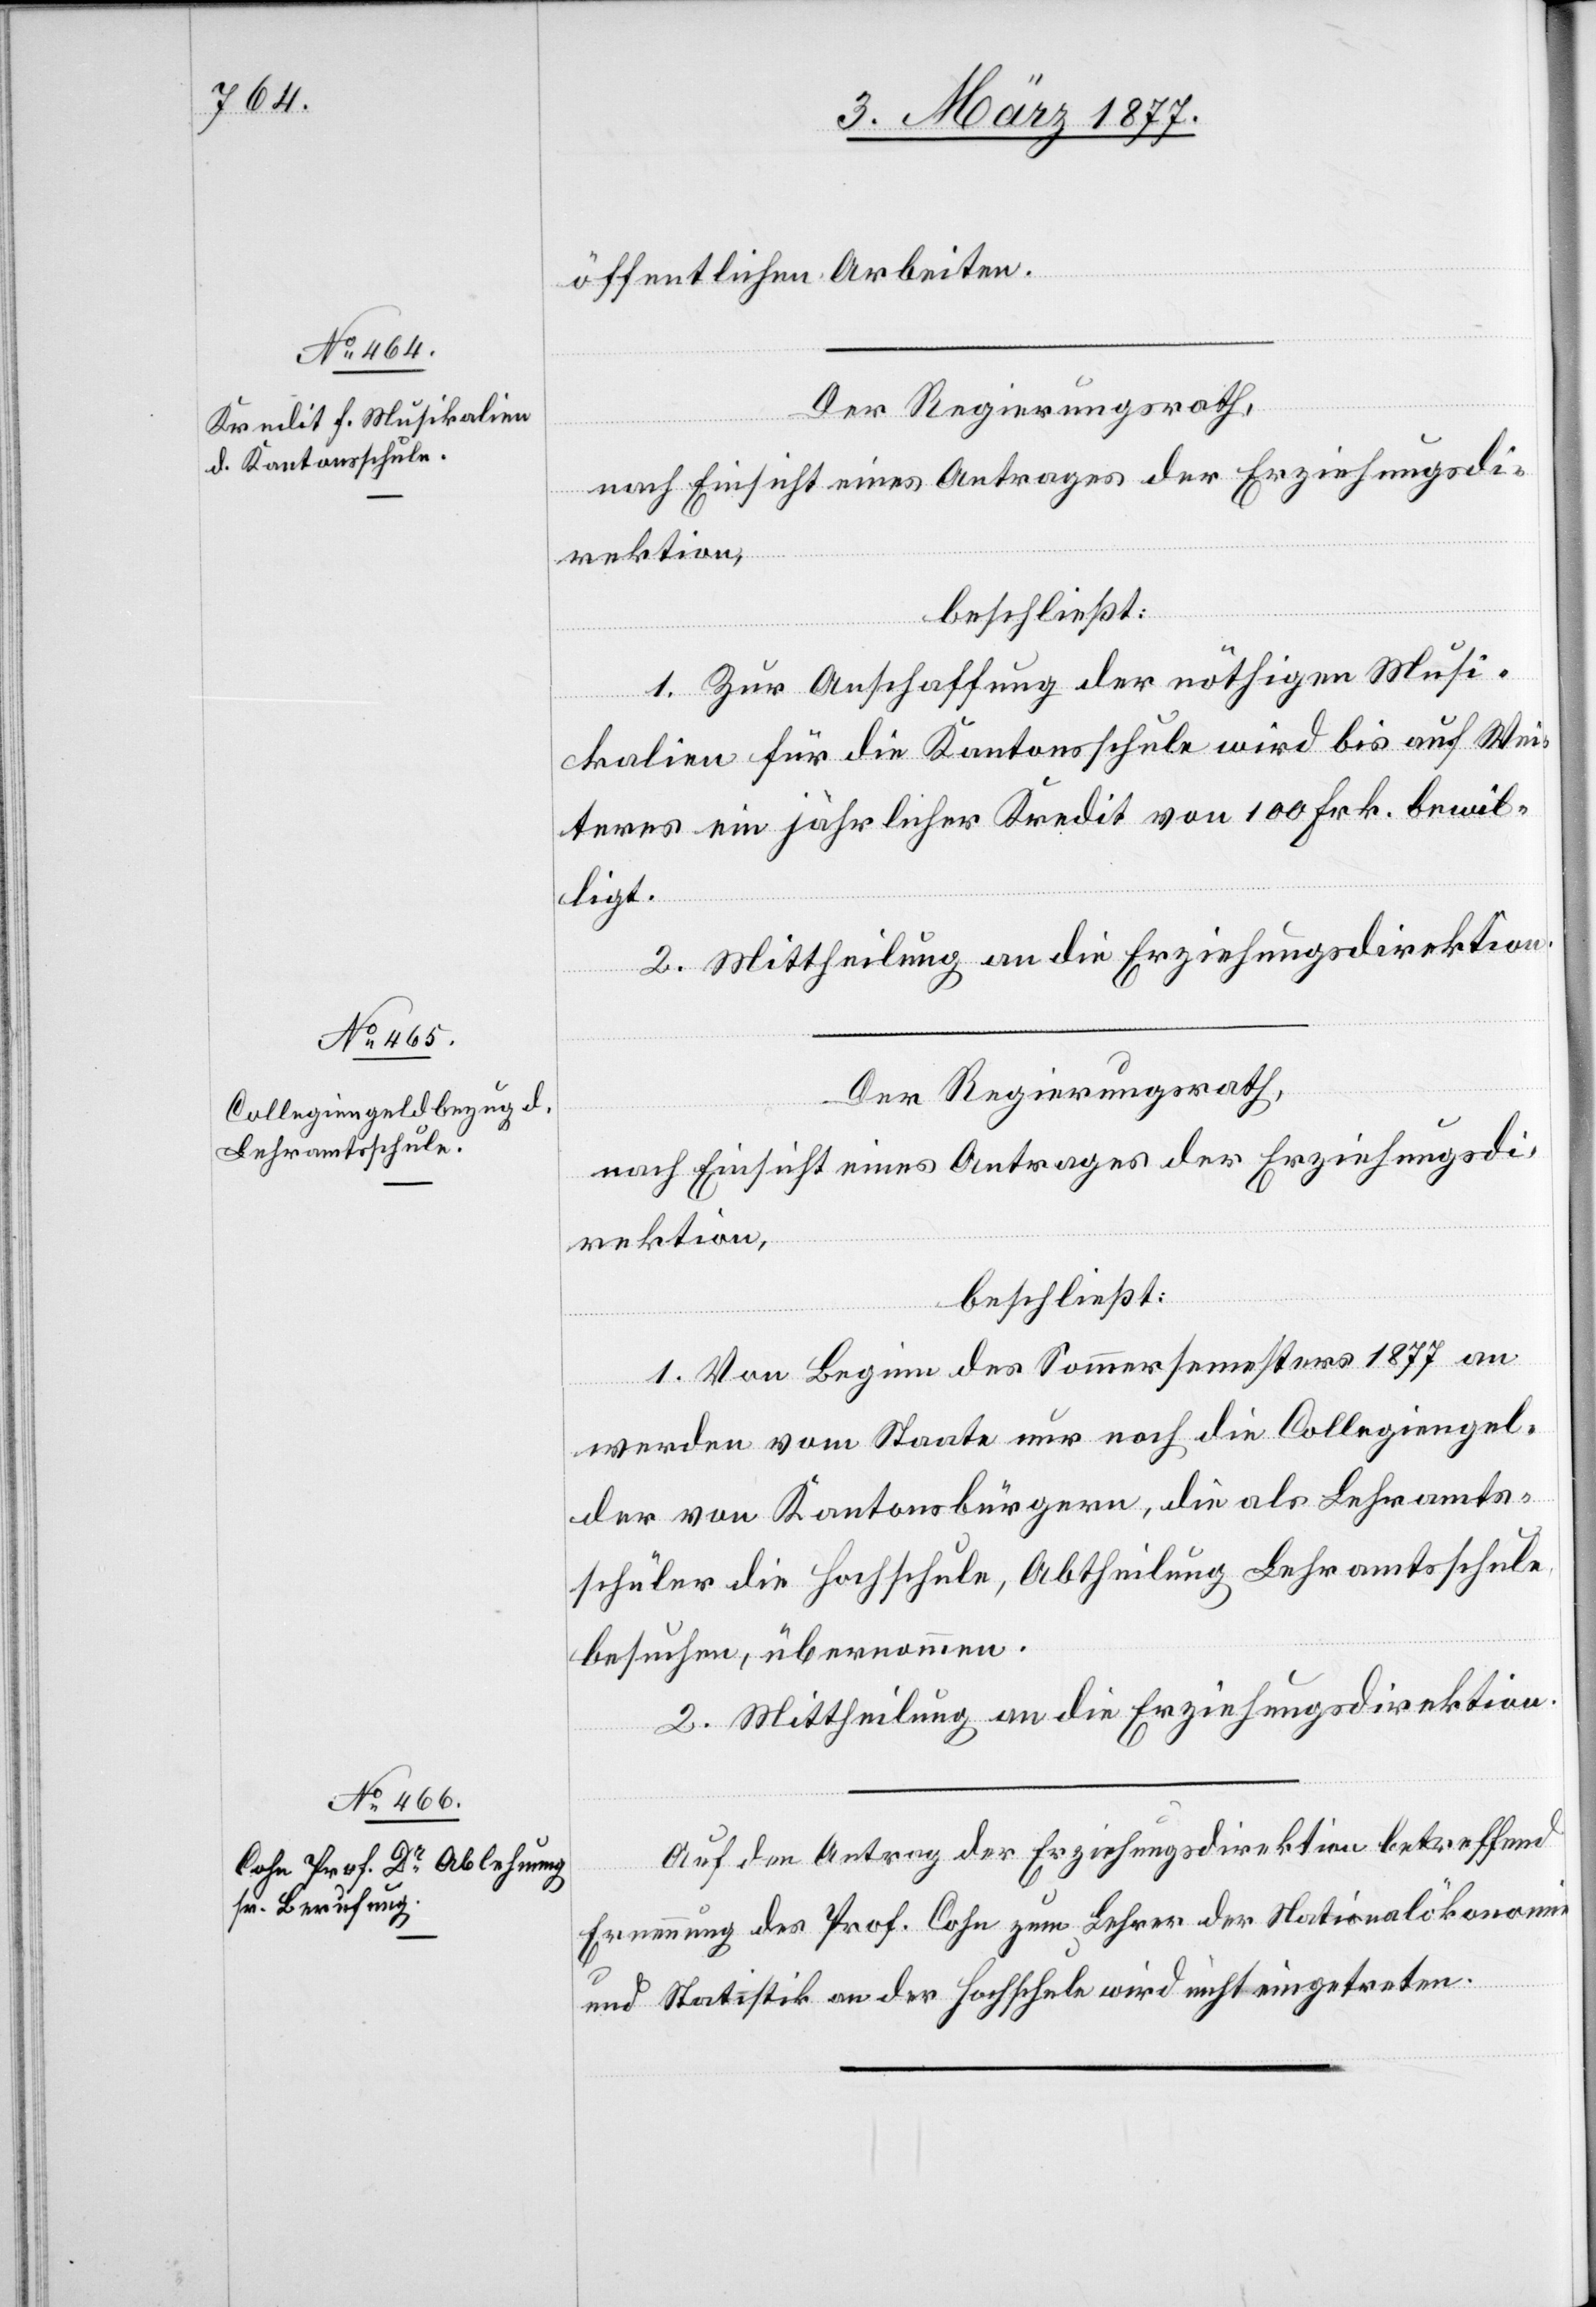
öffentlichen Arbeiten.
Der Regierungsrath,
nach Einsicht eines Antrages der Erziehungsdi¬
rektion,
beschließt:
1. Zur Anschaffung der nöthigen Musi¬
kalien für die Kantonsschule wird bis auf Wei¬
teres ein jährlicher Kredit von 100 Frk. bewil¬
ligt.
Der Regierungsrath,
nach Einsicht eines Antrages der Erziehungsdi¬
rektion,
beschließt:
1. Von Beginn des Sommersemesters 1877 an
werden vom Staate nur noch die Collegiengel¬
der von Kantonsbürgern, die als Lehramts¬
schüler die Hochschule, Abtheilung Lehramtsschule,
besuchen, übernommen.
2. Mittheilung an die Erziehungsdirektion.
Auf den Antrag der Erziehungsdirektion betreffend
Ernennung des Prof. Cohn zum Lehrer der Nationalökonomie
und Statistik an der Hochschule wird nicht eingetreten.